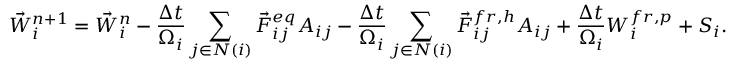
{ \vec { W } } _ { i } ^ { n + 1 } = { \vec { W } } _ { i } ^ { n } - \frac { \Delta t } { \Omega _ { i } } \sum _ { j \in N ( i ) } { \vec { F } } _ { i j } ^ { e q } { \cal A } _ { i j } - \frac { \Delta t } { \Omega _ { i } } \sum _ { j \in N ( i ) } { \vec { F } } _ { i j } ^ { f r , h } { \cal A } _ { i j } + \frac { \Delta t } { \Omega _ { i } } \boldsymbol { W } _ { i } ^ { f r , p } + \boldsymbol { S } _ { i } .